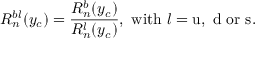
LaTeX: R _ { n } ^ { b l } ( y _ { c } ) = \frac { R _ { n } ^ { b } ( y _ { c } ) } { R _ { n } ^ { l } ( y _ { c } ) } , ~ \mathrm { w i t h } ~ l = \mathrm { u , ~ d ~ o r ~ s . }